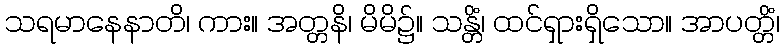
သရမာနေနာတိ၊ ကား။ အတ္တနိ၊ မိမိ၌။ သန္တိံ၊ ထင်ရှားရှိသော။ အာပတ္တိံ၊